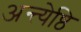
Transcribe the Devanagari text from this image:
अन्त्येष्ठि